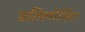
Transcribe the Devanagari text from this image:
प्रतिलोमित